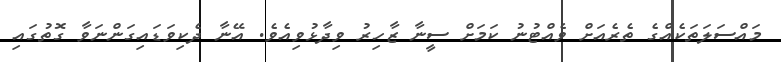
މައްސަލަތަކެއްގެ ތެރެއަށް ވެއްޓުނު ކަމަށް ސީނާ ޒާހިރު ވިދާޅުވިއެވެ. އޭނާ ދެކިވަޑައިގަންނަވާ ގޮތުގައި